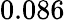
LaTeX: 0.086